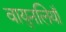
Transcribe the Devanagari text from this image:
वायुनलियाँ